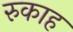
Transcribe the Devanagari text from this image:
रुकाह